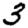
Digit: 3